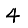
Digit: 4